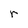
Character: r